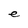
Character: e